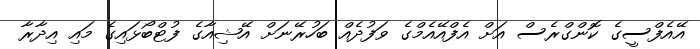
އޭއެފްސީގެ ކޮންގްރެސް އަށް އެފްއޭއެމްގެ ވަފުދެއް ބަހުރޭނަށް އޭޝިއާގެ ފުޓްބޯޅައިގެ މައި އިދާރާ